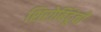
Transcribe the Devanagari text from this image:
शिरोबिंदूंची